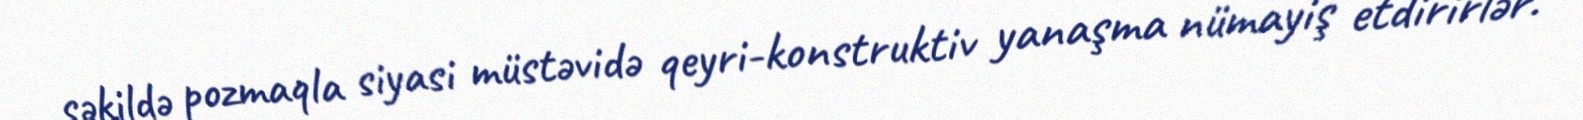
şəkildə pozmaqla siyasi müstəvidə qeyri-konstruktiv yanaşma nümayiş etdirirlər.